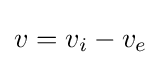
v=v_{i}-v_{e}